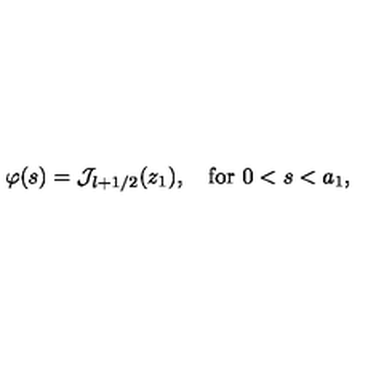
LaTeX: \varphi ( s ) = { \cal J } _ { l + 1 / 2 } ( z _ { 1 } ) , \quad \mathrm { f o r } \ 0 < s < a _ { 1 } ,